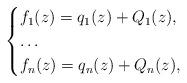
LaTeX: \begin{align*}\begin{cases}f_1(z)=q_1(z)+Q_1(z),\\ \ldots \\f_n(z)=q_n(z)+Q_n(z),\end{cases}\end{align*}